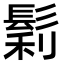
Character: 鬁